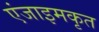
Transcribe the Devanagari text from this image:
एंजाइमकृत